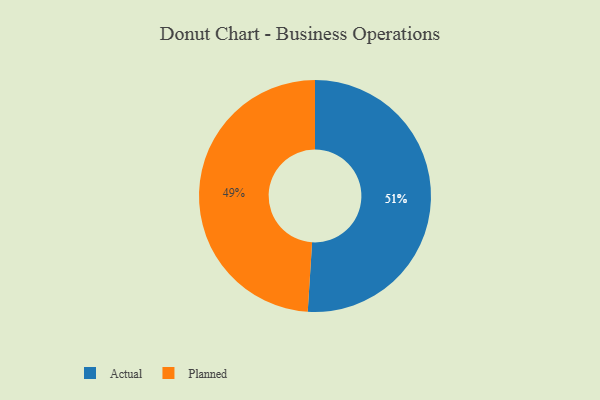
{"axis": {"x": "Category", "y": "Percentage"}, "legend": ["Actual", "Planned"], "data": [{"x": "Actual", "y": 51, "type": "Actual"}, {"x": "Planned", "y": 49, "type": "Planned"}]}